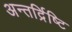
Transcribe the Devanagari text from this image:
अन्तर्द्रिष्टि